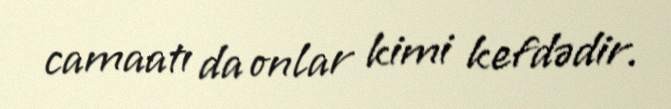
camaatı da onlar kimi kefdədir.